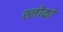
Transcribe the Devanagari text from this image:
स्लोकों